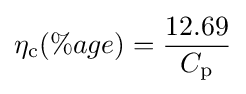
\eta _{\mathrm {c} }(\%age)={\frac {12.69}{C_{\mathrm {p} }}}